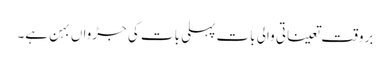
بروقت تعیناتی والی بات پہلی بات کی جڑواں بہن ہے۔